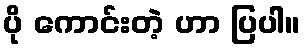
ပို ကောင်းတဲ့ ဟာ ပြပါ။